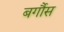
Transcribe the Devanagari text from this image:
बर्गौस